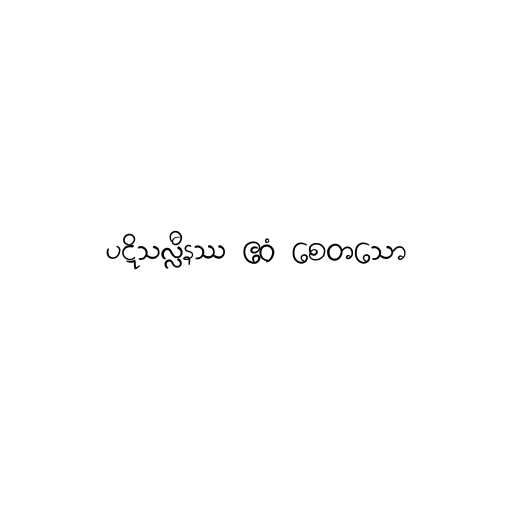
ပဋိသလ္လီနဿ ဧဝံ စေတသော